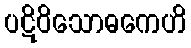
ပဋိဝိသောဓကေဟိ